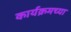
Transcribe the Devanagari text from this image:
कार्यक्रमच्या